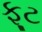
ફૂટ